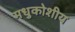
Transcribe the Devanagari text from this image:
मधुकोशीय